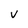
Character: v